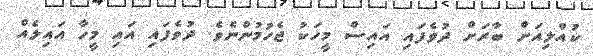
ކުއްލިއަށް ބާރަށް ދުވެފައި އައިސް މީހަކު ޖެހުމުންނެވެ. ދުވެފައި އައި މީހާ އައިލެއް